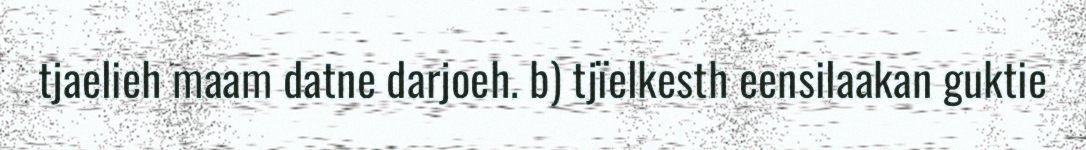
tjaelieh maam datne darjoeh. b) tjïelkesth eensilaakan guktie